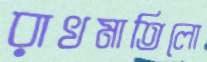
রাখমাতিলো